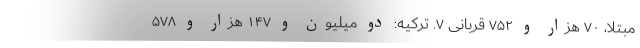
مبتلا، ۷۰ هزار و ۷۵۲ قربانی ۷. ترکیه: دو میلیون و ۱۴۷ هزار و ۵۷۸